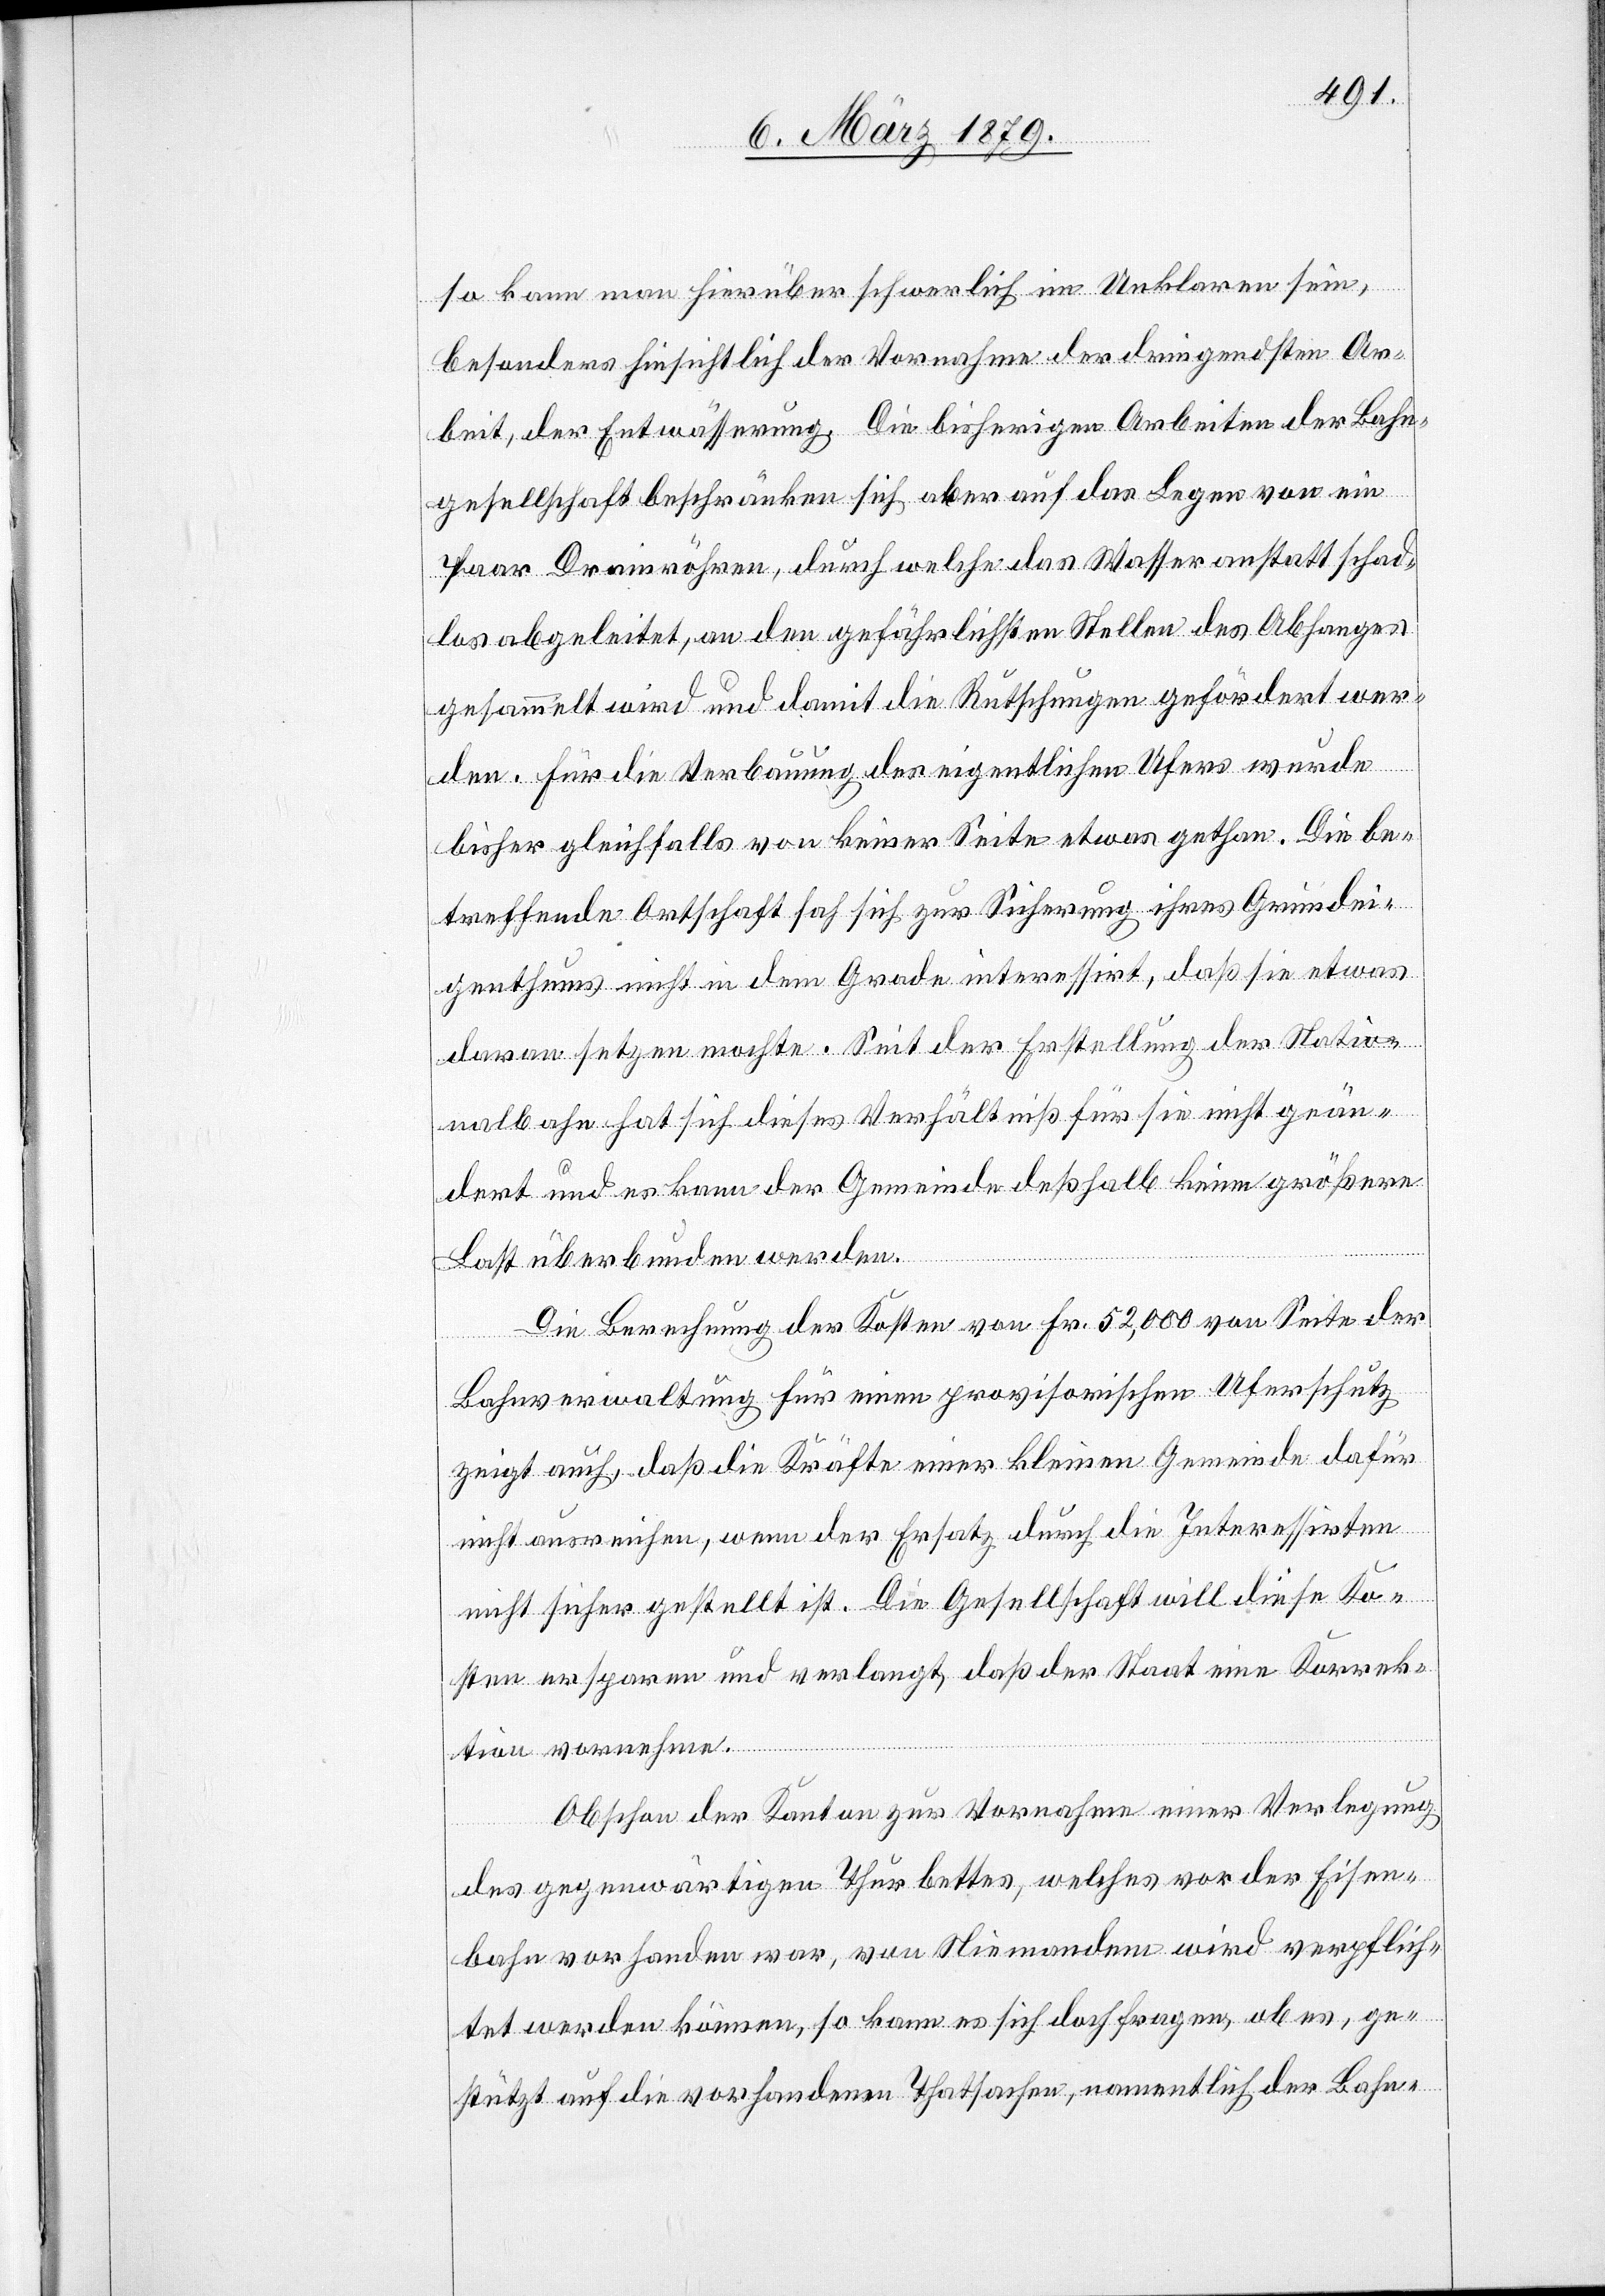
so kann man hierüber schwerlich im Unklaren sein,
besonders hinsichtlich der Vornahme der dringendsten Ar¬
beit, der Entwässerung. Die bisherigen Arbeiten der Bahn¬
gesellschaft beschränken sich aber auf das Legen von ein
Paar Drainröhren, durch welche das Wasser anstatt schad¬
los abgeleitet, an den gefährlichsten Stellen des Abhanges
gesammelt wird und damit die Rutschungen gefördert wer¬
den. Für die Verbauung des eigentlichen Ufers wurde
bisher gleichfalls von keiner Seite etwas gethan. Die be¬
treffende Ortschaft sah sich zur Sicherung ihres Grundei¬
genthums nicht in dem Grade interessirt, daß sie etwas
daran setzen mochte. Seit der Erstellung der Natio¬
nalbahn hat sich dieses Verhältniß für sie nicht geän¬
dert und es kann der Gemeinde deßhalb keine größere
Last überbunden werden.
Die Berechnung der Kosten von Fr. 52,000 von Seite der
Bahnverwaltung für einen provisorischen Uferschutz
zeigt auch, daß die Kräfte einer kleinen Gemeinde dafür
nicht ausreichen, wenn der Ersatz durch die Interessirten
nicht sicher gestellt ist. Die Gesellschaft will diese Ko¬
sten ersparen und verlangt, daß der Staat eine Korrek¬
tion vornehme.
Obschon der Kanton zur Vornahme einer Verlegung
des gegenwärtigen Thurbettes, welches vor der Eisen¬
bahn vorhanden war, von Niemandem wird verpflich¬
tet werden können, so kann es sich doch fragen, ob es, ge¬
stützt auf die vorhandenen Thatsachen, namentlich der Bahn-